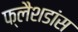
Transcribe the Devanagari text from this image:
फ्लैशडांस